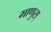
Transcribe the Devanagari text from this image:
माणुस्